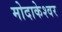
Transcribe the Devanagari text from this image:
मोदाकेश्वर